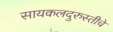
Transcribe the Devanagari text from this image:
सायकलदुरुस्तीचे